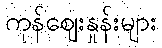
ကုန်ဈေးနှုန်းများ